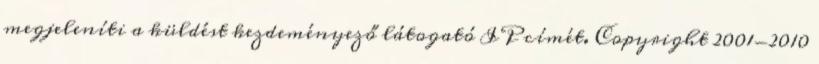
megjeleníti a küldést kezdeményező látogató IP címét. Copyright 2001-2010